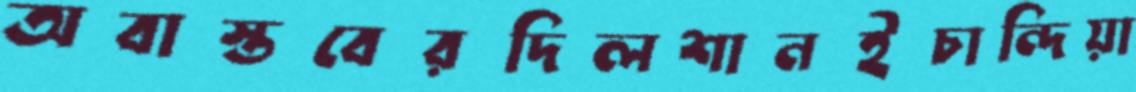
অবাস্তবেরদিলশানইচান্দিয়া